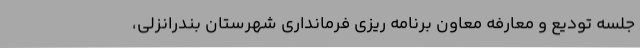
جلسه تودیع و معارفه معاون برنامه ریزی فرمانداری شهرستان بندرانزلی،